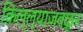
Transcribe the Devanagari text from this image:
किल्ल्याजवळून